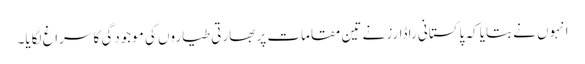
انہوں نے بتایا کہ پاکستانی راڈارز نے تین مقامات پر بھارتی طیاروں کی موجودگی کا سراغ لگایا۔